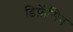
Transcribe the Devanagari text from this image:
डिफ़ेंसिव